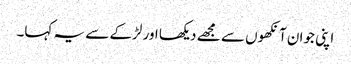
اپنی جوان آنکھوں سے مجھے دیکھا اور لڑکے سے یہ کہا۔